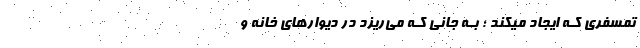
تمُسفِری کـه ایجاد میکند ؛ بـه جانی کـه می‌ریزد در دیوارهای خانه و